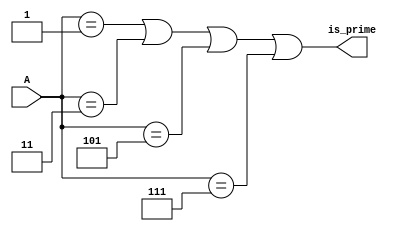
module prime_checker(
    input [2:0] A,
    output is_prime
);


assign is_prime = 
    (A == 3'b001) ||  
    (A == 3'b011) ||  
    (A == 3'b101) ||  
    (A == 3'b111);    

endmodule